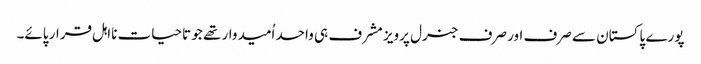
پورے پاکستان سے صرف اور صرف جنرل پرویز مشرف ہی واحد اُمیدوار تھے جو تاحیات نااہل قرار پائے۔